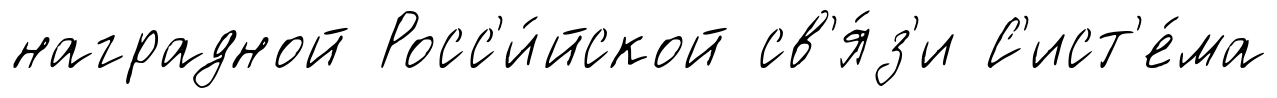
наградной Росс'и́йской св'я́з'и С'ист'е́ма